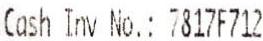
CASH INV NO.: 7817F712